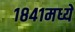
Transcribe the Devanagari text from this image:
१८४१मध्ये